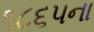
૧૮૬૫ના